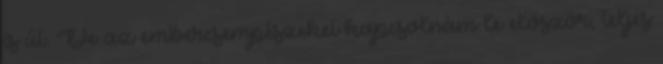
is út. De az embercsempészeket kapcsolnám le először, teljes